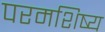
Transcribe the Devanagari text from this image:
परमशिष्य